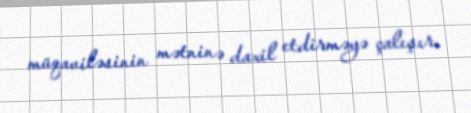
müqaviləsinin mətninə daxil etdirməyə çalışır.